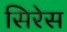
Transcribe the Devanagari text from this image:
सिरेस